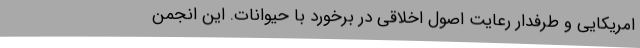
امریکایی و طرفدار رعایت اصول اخلاقی در برخورد با حیوانات. این انجمن